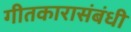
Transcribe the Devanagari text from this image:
गीतकारासंबंधी